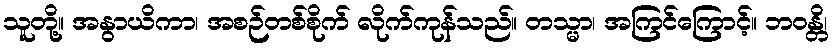
သူတို့။ အနွာယိကာ၊ အစဉ်တစ်စိုက် လိုက်ကုန်သည်။ တသ္မာ၊ အကြင်ကြောင့်။ ဘဝန္တိ၊